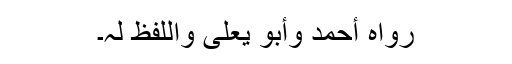
رَوَاہُ أَحْمَدُ وَأَبُوْ یَعْلٰی وَاللَّفْظُ لَہٗ۔